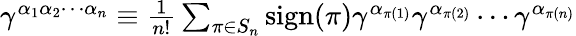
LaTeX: \begin{array}{r}{\gamma^{\alpha_{1}\alpha_{2}\cdots\alpha_{n}}\equiv\frac{1}{n!}\sum_{\pi\in S_{n}}\mathrm{sign}(\pi)\gamma^{\alpha_{\pi(1)}}\gamma^{\alpha_{\pi(2)}}\cdots\gamma^{\alpha_{\pi(n)}}}\end{array}